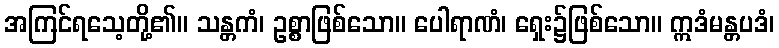
အကြင်ရသေ့တို့၏။ သန္တကံ၊ ဥစ္စာဖြစ်သော။ ပေါရာဏံ၊ ရှေး၌ဖြစ်သော။ ဣဒံမန္တပဒံ၊